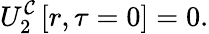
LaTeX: U_{2}^{\mathcal{C}}\left[r,\tau=0\right]=0.